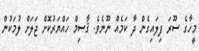
މީހާގެ ސޫރަ ފިލައިގެން ދާ ކަމެއް ނޫނެވެ. ޤާސިމް ހައްޔަރުކޮށް ޖަލަށް ލުމަކުން